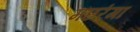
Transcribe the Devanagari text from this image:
मछरंगा